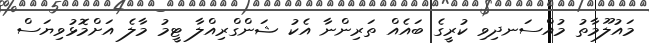
މައުލޫމާތު މުއްސަނދިވި ކުރީގެ ބައެއް ތަރިންނާ އެކު ޝަންގްރިއްލާ ޓީމު މާލެ އަށްމޮޅުވިޔަސް